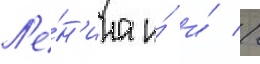
Л'е́н'ина и́ и́ //